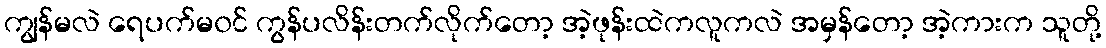
ကျွန်မလဲ ရေပက်မ၀င် ကွန်ပလိန်းတက်လိုက်တော့ အဲ့ဖုန်းထဲကလူကလဲ အမှန်တော့ အဲ့ကားက သူတို့